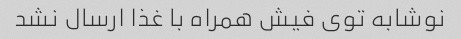
نوشابه توی فیش همراه با غذا ارسال نشد